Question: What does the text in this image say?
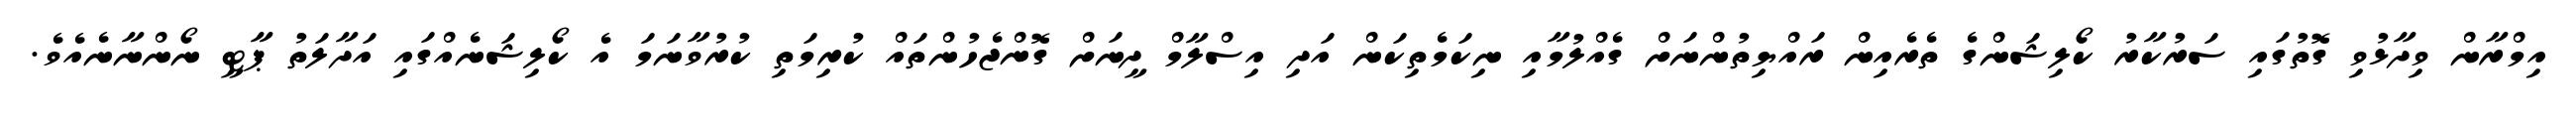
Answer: އިމްރާން ވިދާޅުވި ގޮތުގައި ސަރުކާރު ކޯލިޝަންގެ ތެރެއިން ރައްޔިތުންނަށް ގެއްލުމާއި ނިކަމެތިކަން އަދި އިސްލާމް ދީނަށް ގޮންޖެހުންތައް ކުރިމަތި ކުރުވާނަމަ އެ ކޯލިޝަނެއްގައި އަދާލަތު ޕާޓީ ނޯންނާނެއެވެ.